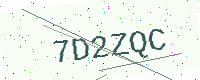
Text: 7D2ZQC